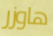
هاوزر